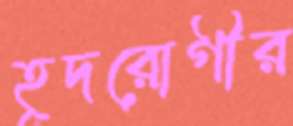
হূদরোগীর